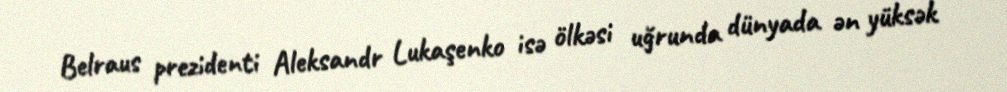
Belraus prezidenti Aleksandr Lukaşenko isə ölkəsi uğrunda dünyada ən yüksək